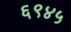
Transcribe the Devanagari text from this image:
६९४५